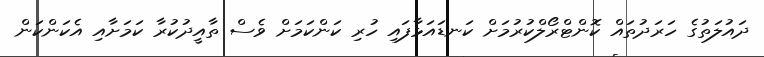
ދައުލަތުގެ ހަރަދުތައް ކޮންޓްރޯލްކުރުމަށް ކަނޑައަޅާފައި ހުރި ކަންކަމަށް ވެސް ތާއީދުކުރާ ކަމަށާއި އެކަންކަން